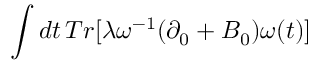
\int d t \, T r [ \lambda \omega ^ { - 1 } ( \partial _ { 0 } + B _ { 0 } ) \omega ( t ) ]